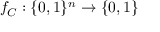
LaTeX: f _ { C } : \{ 0 , 1 \} ^ { n } \to \{ 0 , 1 \}